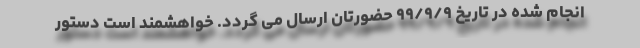
انجام شده در تاریخ ۹۹/۹/۹ حضورتان ارسال می گردد. خواهشمند است دستور